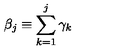
\beta _ { j } \equiv \sum _ { k = 1 } ^ { j } \gamma _ { k }